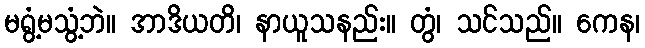
မရွံ့မသွံ့ဘဲ။ အာဒိယတိ၊ နာယူသနည်း။ တွံ၊ သင်သည်။ ကေန၊